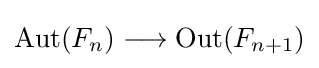
\mathrm {Aut} (F_{n})\longrightarrow \mathrm {Out} (F_{n+1})